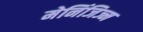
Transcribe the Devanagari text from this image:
मेनिंजिज्म